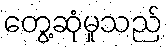
တွေ့ဆုံမှုသည်